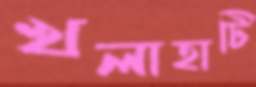
খলাহাটি